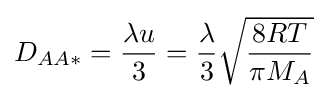
{D_{AA*}}={{\lambda u} \over {3}}={{\lambda } \over {3}}{\sqrt {{8RT} \over {\pi M_{A}}}}